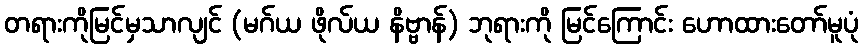
တရားကိုမြင်မှသာလျင် (မဂ်ယ ဖိုလ်ယ နိဗ္ဗာန်) ဘုရားကို မြင်ကြောင်း ဟောထားတော်မူပုံ